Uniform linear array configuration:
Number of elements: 4
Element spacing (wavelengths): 0.5
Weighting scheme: blackman
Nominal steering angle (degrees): -45
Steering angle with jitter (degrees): -44.92
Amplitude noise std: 0.05
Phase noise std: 0.05

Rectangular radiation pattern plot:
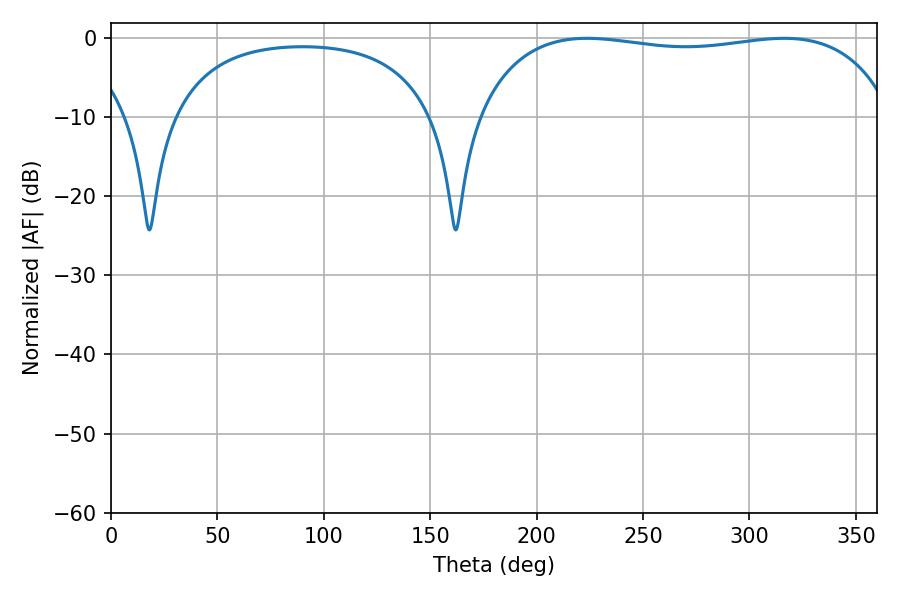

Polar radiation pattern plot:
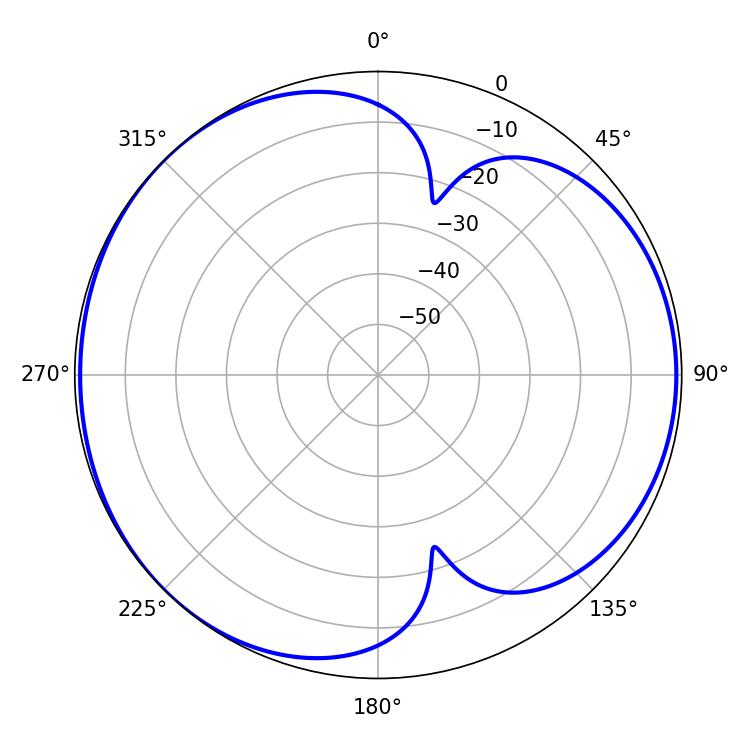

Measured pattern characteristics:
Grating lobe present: FALSE
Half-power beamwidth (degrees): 158.04
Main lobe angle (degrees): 223.74